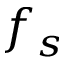
f _ { s }